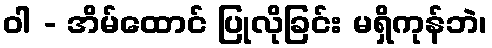
ဝါ - အိမ်ထောင် ပြုလိုခြင်း မရှိကုန်ဘဲ၊